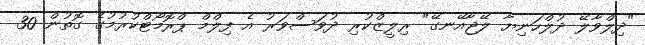
"ދިލްވާލޭ ދުލްހަނިޔާ ލޭޖާއޭނގޭ" ރިލީޒްކުރި ދުވަސްވަރު އެ ފިލްމް ޕްރޮމޯޓްކުރުމުގެ ގޮތުން 30